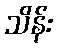
သိန်း